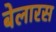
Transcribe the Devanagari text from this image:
बेलारस